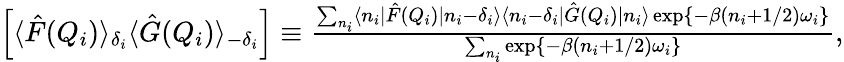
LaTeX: \begin{array}{r}{\Big[\langle\hat{F}(Q_{i})\rangle_{\delta_{i}}\langle\hat{G}(Q_{i})\rangle_{-\delta_{i}}\Big]\equiv\frac{\sum_{n_{i}}\langle n_{i}|\hat{F}(Q_{i})|n_{i}-\delta_{i}\rangle\langle n_{i}-\delta_{i}|\hat{G}(Q_{i})|n_{i}\rangle\exp\{ -\beta(n_{i}+1/2)\omega_{i}\} }{\sum_{n_{i}}\exp\{ -\beta(n_{i}+1/2)\omega_{i}\} },}\end{array}